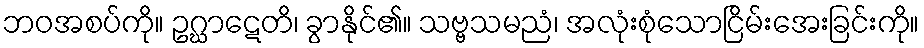
ဘဝအစပ်ကို။ ဥဂ္ဃာဋေတိ၊ ခွာနိုင်၏။ သဗ္ဗသမညံ၊ အလုံးစုံသောငြိမ်းအေးခြင်းကို။